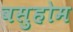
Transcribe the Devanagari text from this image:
वसुहोम